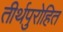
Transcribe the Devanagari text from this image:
तीर्थपुरोहित